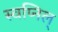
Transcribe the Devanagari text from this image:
स्वप्निल्